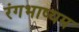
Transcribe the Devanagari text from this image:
रंगभाष्यम